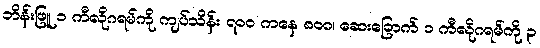
ဘိန်းဖြူ ၁ ကီလိုဂရမ်ကို ကျပ်သိန်း ၇၀၀ ကနေ ၈၀၀၊ ဆေးခြောက် ၁ ကီလိုဂရမ်ကို ၃